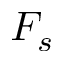
F _ { s }